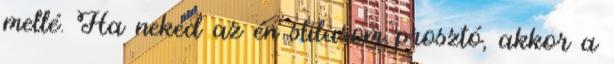
mellé. Ha neked az én stílusom prosztó, akkor a